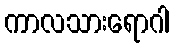
ကာလသားရောဂါ